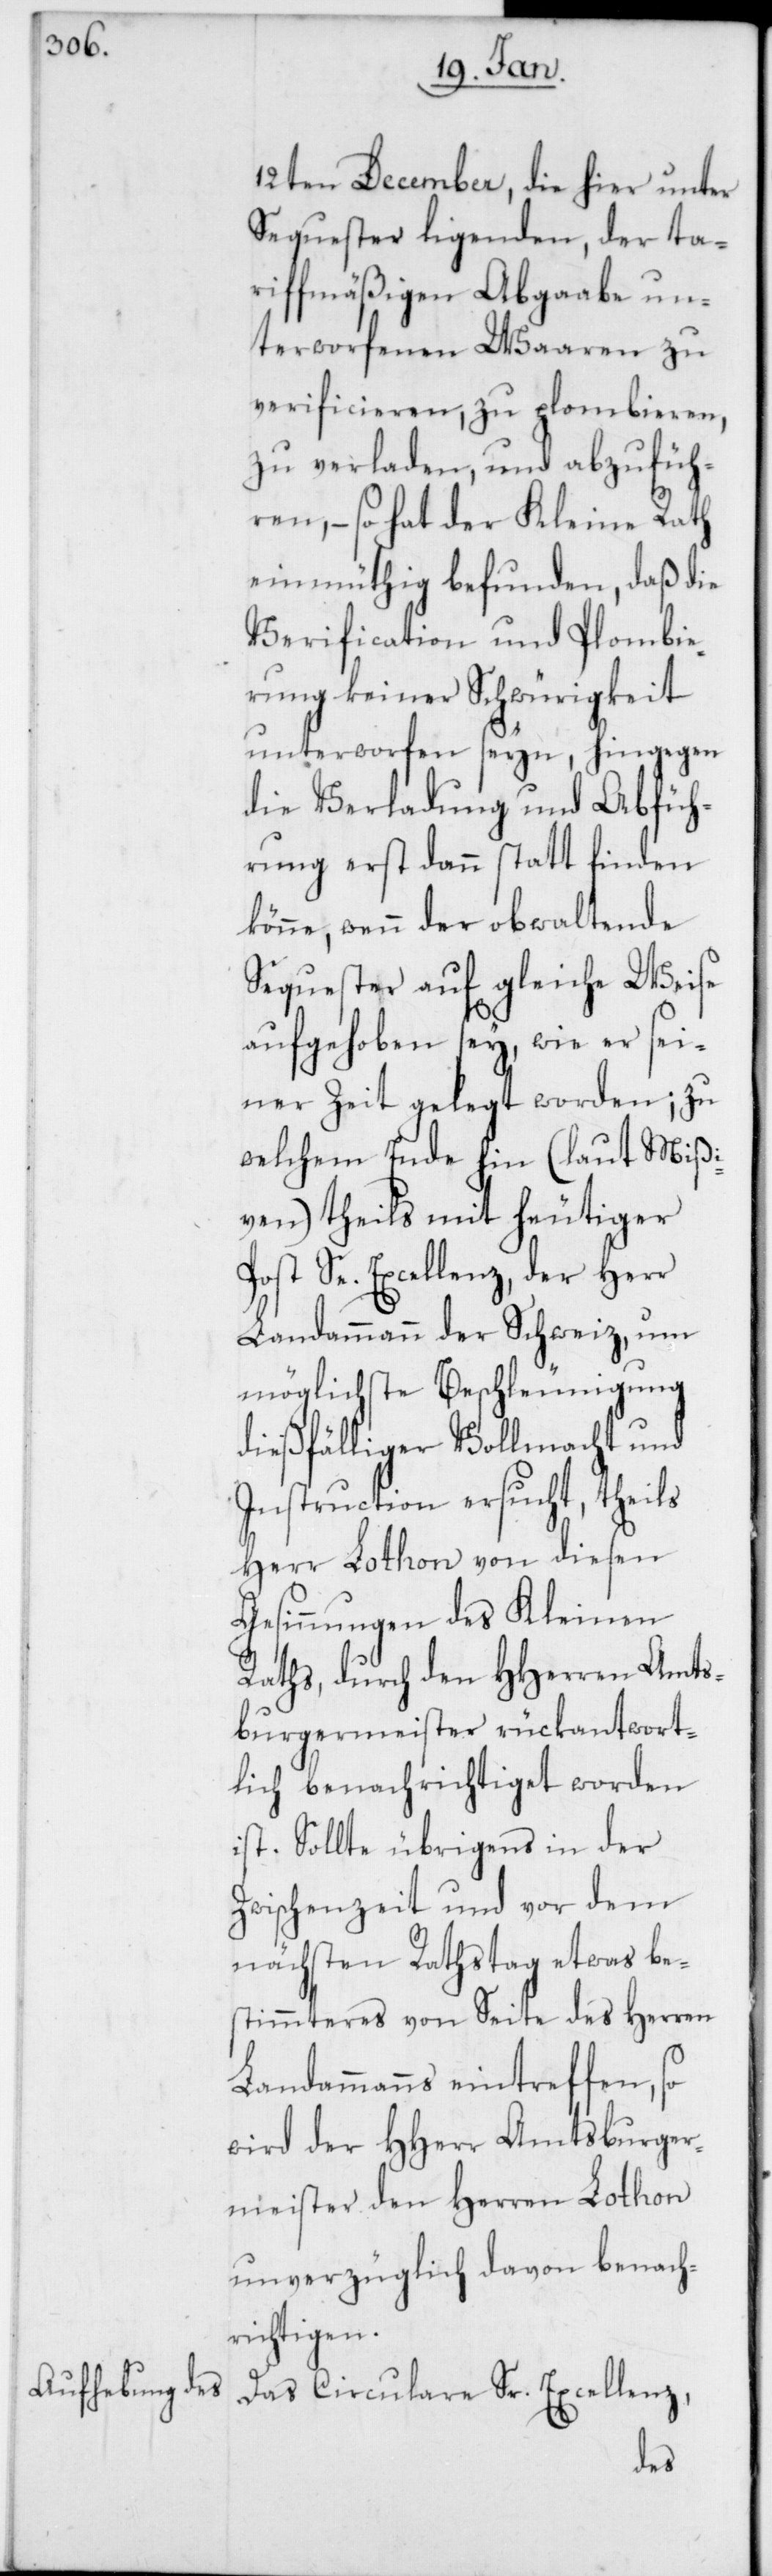
12ten December, die hier unter
Sequester liegenden, der ta¬
riffmäßigen Abgaabe un¬
terworfenen Waaren zu
verificieren, zu plombieren,
zu verladen und abzufüh¬
ren, – so hat der Kleine Rath
einmüthig befunden, daß die
Verification und Plombie¬
rung keiner Schwürigkeit
unterworfen seyn, hingegen
die Verladung und Abfüh¬
rung erst dann stattfinden
könne, wenn der obwaltende
Sequester auf gleiche Weise
aufgehoben sey, wie er sei¬
ner Zeit gelegt worden; zu
welchem Ende hin (laut Mißi¬
ven) theils mit heutiger
Post Sr. Excellenz, der Herr
Landammann der Schweiz, um
möglichste Beschleunigung
dießfälliger Vollmacht und
Instruction ersucht, theils
Herr Lothon von diesen
Gesinnugen des Kleinen
Raths, durch den HHerren Amts¬
burgermeister rückantwort¬
lich benachrichtiget worden
ist. Sollte übrigens in der
Zwischenzeit und vor dem
nächsten Rathstag etwas be¬
stimmteres von Seite des Herren
Landammanns eintreffen, so
wird der HHerr Amtsburger¬
meister den Herren Lothon
unverzüglich davon benach¬
richtigen.
Das Circulare Sr. Excellenz,